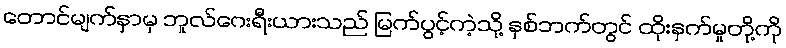
တောင်မျက်နှာမှ ဘူလ်ဂေးရီးယားသည် မြက်ပွင့်ကဲ့သို့ နှစ်ဘက်တွင် ထိုးနှက်မှုတို့ကို